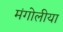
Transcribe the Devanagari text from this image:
मंगोलीया